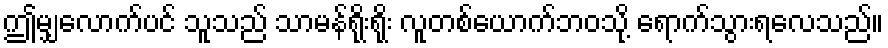
ဤမျှလောက်ပင် သူသည် သာမန်ရိုးရိုး လူတစ်ယောက်ဘဝသို့ ရောက်သွားရလေသည်။